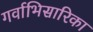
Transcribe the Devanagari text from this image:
गर्वाभिसारिका